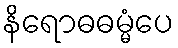
နိရောဓဓမ္မံပေ